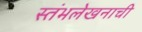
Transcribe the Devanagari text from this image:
स्तंभलेखनाची